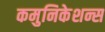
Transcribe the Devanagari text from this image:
कमुनिकेशन्स